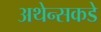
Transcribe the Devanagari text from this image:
अथेन्सकडे